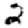
Digit: 2